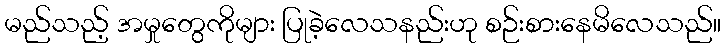
မည်သည့် အမှုတွေကိုများ ပြုခဲ့လေသနည်းဟု စဉ်းစားနေမိလေသည်။